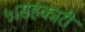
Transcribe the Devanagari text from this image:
५।सहकारी